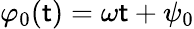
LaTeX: \varphi_{0}(\mathsf{t})=\omega\mathsf{t}+\psi_{0}